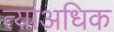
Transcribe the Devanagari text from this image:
त्याअधिक